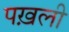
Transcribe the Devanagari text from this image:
पख़ली